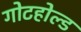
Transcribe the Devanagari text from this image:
गोटहोल्ड